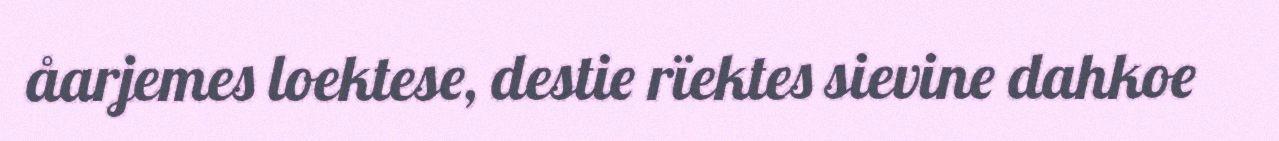
åarjemes loektese, destie rïektes sievine dahkoe